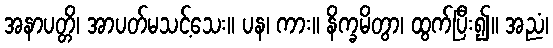
အနာပတ္တိ၊ အာပတ်မသင့်သေး။ ပန၊ ကား။ နိက္ခမိတွာ၊ ထွက်ပြီး၍။ အညံ၊